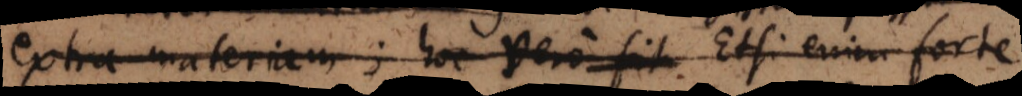
extra materiam; hoc vero. Etsi enim forte